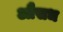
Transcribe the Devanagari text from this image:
औसध